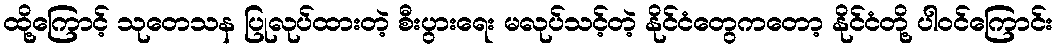
ထို့ကြောင့် သုတေသန ပြုလုပ်ထားတဲ့ စီးပွားရေး မလုပ်သင့်တဲ့ နိုင်ငံတွေကတော့ နိုင်ငံတို့ ပါဝင်ကြောင်း